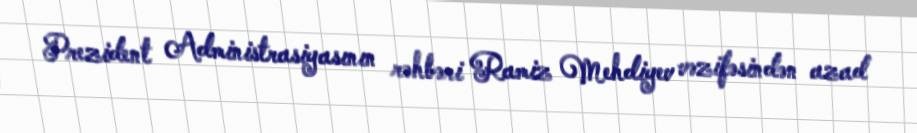
Prezident Administrasiyasının rəhbəri Ramiz Mehdiyev vəzifəsindən azad